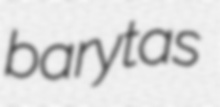
barytas